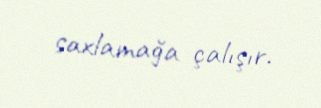
saxlamağa çalışır.